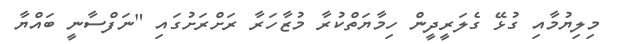
މިލިޔުމާއި ގުޅޭ ގެލަރީދީން ހިމާޔަތްކުރާ މުޒާހަރާ ރަށްރަށުގައި "ނަފްސާނީ ބައްޔާ